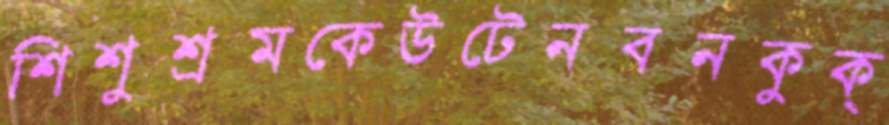
শিশুশ্রমকেউটেনবনকুক্